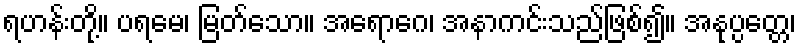
ရဟန်းတို့။ ပရမေ၊ မြတ်သော။ အရောဂေ၊ အနာကင်းသည်ဖြစ်၍။ အနုပ္ပတ္တေ၊